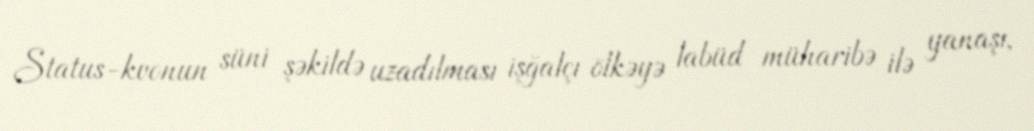
Status-kvonun süni şəkildə uzadılması işğalçı ölkəyə labüd müharibə ilə yanaşı,